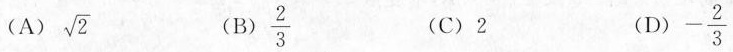
(A) \sqrt{2} (B) \frac{2}{3} (C)2 (D) - \frac{2}{3}